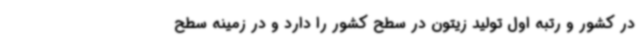
در کشور و رتبه اول تولید زیتون در سطح کشور را دارد و در زمینه سطح